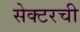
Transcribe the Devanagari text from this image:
सेक्टरची